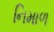
નિમાળ